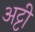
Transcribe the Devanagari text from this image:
अट्टी